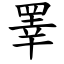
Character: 睪